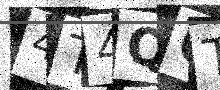
Text: 4T4QOT